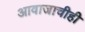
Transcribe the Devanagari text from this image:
आवाजाचीही